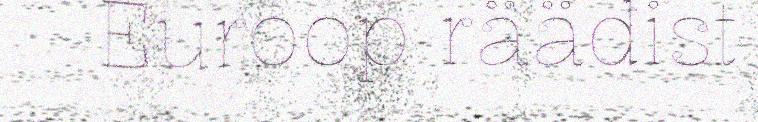
Euroop rääđist